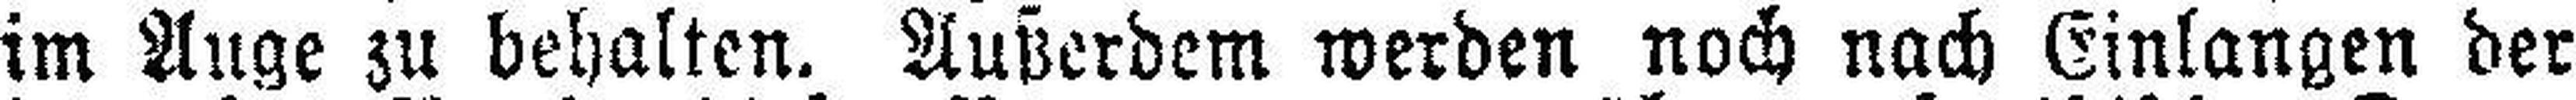
im Auge zu behalten. Außerdem werden noch nach Einlangen der